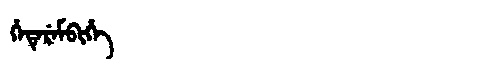
Manchu: ᡥᡝᡨᡝᡵᡝᠮᠪᡳᡥᡝ
Romanization: HETEREMBIHE